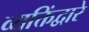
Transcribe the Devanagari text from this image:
व्यक्तिंद्वारे